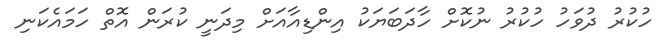
ހުކުރު ދުވަހު ހުކުރު ނުކޮށް ހާދަބަޔަކު އިންޑިއާއަށް މިދަނީ ކުރަން އޮތް ހަމައެކަނި